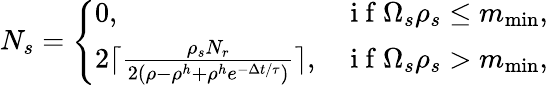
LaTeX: N_{s}=\left\{ \begin{array}{ll}{0,}&{\mathrm{~i~f~}\Omega_{s}\rho_{s}\leq m_{\operatorname*{min}},}\\ {2\lceil\frac{\rho_{s}N_{r}}{2(\rho-\rho^{h}+\rho^{h}e^{-\Delta t/\tau})}\rceil,}&{\mathrm{~i~f~}\Omega_{s}\rho_{s}>m_{\operatorname*{min}},}\end{array}\right.